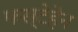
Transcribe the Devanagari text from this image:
फस्टेहेन